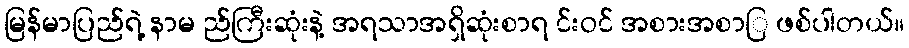
မြန်မာပြည်ရဲ့ နာမ ည်ကြီးဆုံးနဲ့ အရသာအရှိဆုံးစာရ င်းဝင် အစားအစာြ ဖစ်ပါတယ်။